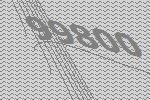
99800